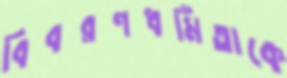
বিবরণধর্মিতাকে